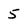
Character: 5